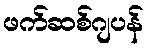
ဖက်ဆစ်ဂျပန်